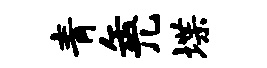
青缶兀堞